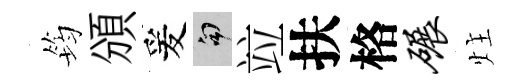
筠頒爰句竝扶格碾炷